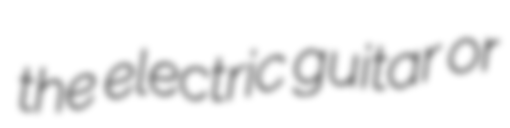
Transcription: the electric guitar or